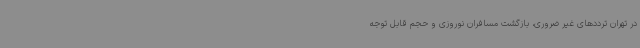
در تهران ترددهای غیر ضروری، بازگشت مسافران نوروزی و حجم قابل توجه